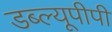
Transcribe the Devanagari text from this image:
डब्ल्यूपीपी